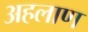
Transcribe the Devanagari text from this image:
अहलाण